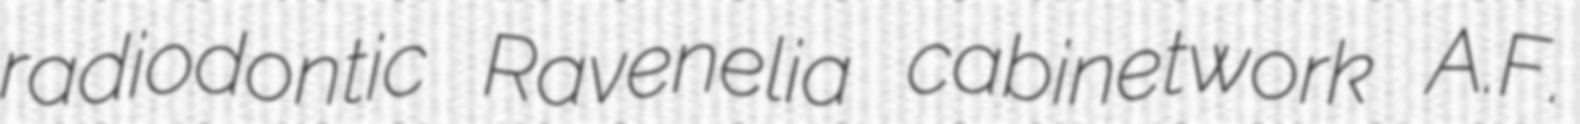
radiodontic Ravenelia cabinetwork A.F.